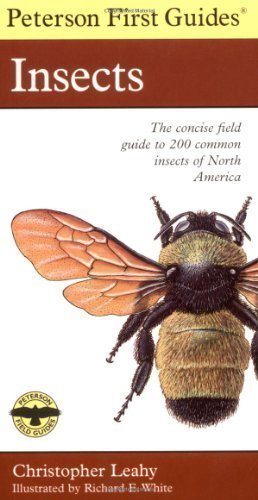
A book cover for Peterson First Guide to Insects of North America 2nd (second) Edition by Leahy, Christopher [1998]; Sports & Outdoors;